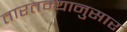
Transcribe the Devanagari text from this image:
तारतम्यानुसार